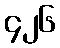
၄၂၆